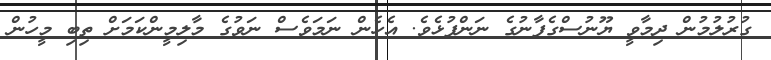
ގުރުލުމުން ދިމާވީ ޔޫނުސްގެފާނުގެ ނަންފުޅެވެ. އެހެން ނަމަވެސް ނަވުގެ މާލިމީންކަމަށް ތިބި މީހުން